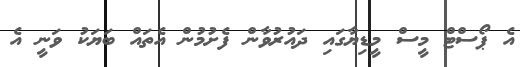
އެ ޕޯސްޓް މީސް މީީޑިޔާގައި ދައުރުވާން ފެށުމުން އެތައް ބަޔަކު ވަނީ އެ